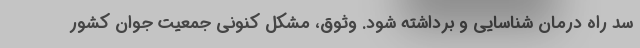
سد راه درمان شناسایی و برداشته شود. وثوق، مشکل کنونی جمعیت جوان کشور